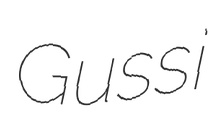
Gussi